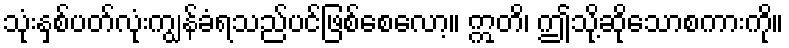
သုံးနှစ်ပတ်လုံးကျွန်ခံရသည်ပင်ဖြစ်စေလော့။ ဣတိ၊ ဤသို့ဆိုသောစကားကို။